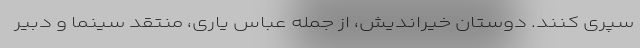
سپری کنند. دوستان خیراندیش، از جمله عباس یاری، منتقد سینما و دبیر